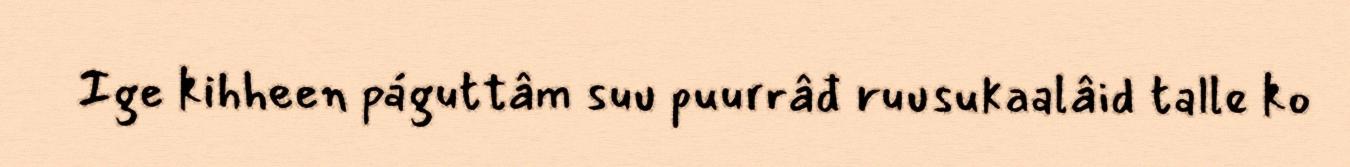
Ige kihheen páguttâm suu puurrâđ ruusukaalâid talle ko